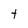
Character: t